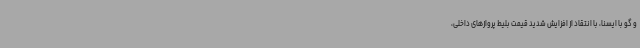
و گو با ایسنا، با انتقاد از افزایش شدید قیمت بلیط پروازهای داخلی،